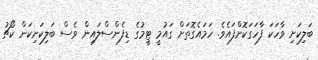
ބަލިކަށި ވާހަކަ ފާހަގަކޮށްފައެވެ. ހަމައެގޮތަށް ގައުމީ ޓީމުގެ ޑިފެންސްލައިން ވެސް ބަލިކަށިކަން ކޯޗު